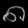
Digit: ၈